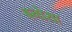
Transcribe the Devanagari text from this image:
बनोसा